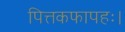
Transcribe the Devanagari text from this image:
पित्तकफापहः।